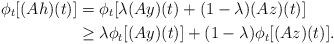
LaTeX: \begin{align*} \phi_t [(Ah)(t)] & = \phi_t[\lambda (Ay)(t) + (1 - \lambda) (Az)(t)] \\ & \geq \lambda \phi_t[(Ay)(t)] + (1 - \lambda)\phi_t[(Az)(t)]. \end{align*}